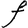
Character: F